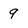
Character: 9